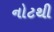
નોટથી